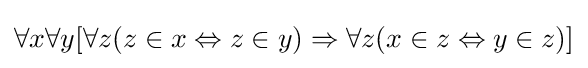
\forall x\forall y[\forall z(z\in x\Leftrightarrow z\in y)\Rightarrow \forall z(x\in z\Leftrightarrow y\in z)]